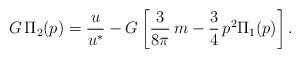
LaTeX: \begin{align*}G\,\Pi_2 (p) = \frac{u}{u^*}-G\left[\frac{3}{8\pi}\,m-\frac{3}{4}\,p^2 \Pi_1 (p)\right].\end{align*}